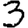
Digit: 3